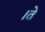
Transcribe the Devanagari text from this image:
।ते